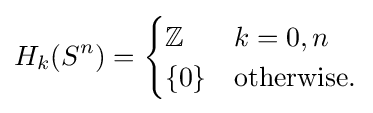
H_{k}(S^{n})={\begin{cases}\mathbb {Z} &k=0,n\\\{0\}&{\text{otherwise.}}\end{cases}}